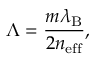
\Lambda = \frac { m \lambda _ { \mathrm { B } } } { 2 n _ { \mathrm { e f f } } } ,